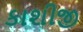
કાશીજી